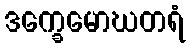
ဒက္ခေမောဃတရံ